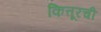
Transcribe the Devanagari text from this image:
कित्तूरची